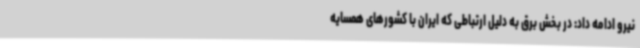
نیرو ادامه داد: در بخش برق به دلیل ارتباطی که ایران با کشورهای همسایه